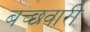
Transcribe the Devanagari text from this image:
बच्छवारी